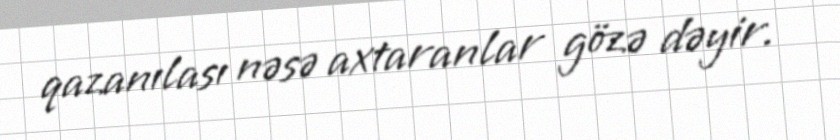
qazanılası nəsə axtaranlar gözə dəyir.